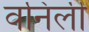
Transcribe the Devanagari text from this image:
वनिली